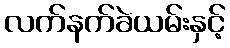
လက်နက်ခဲယမ်းနှင့်